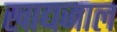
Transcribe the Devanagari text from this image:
खाद्यजाल